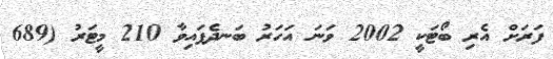
ފަރަށް އެރި ބޯޓަކީ 2002 ވަނަ އަހަރު ބަނދެފައިވާ 210 މީޓަރު (689